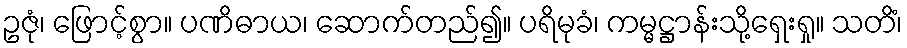
ဥဇုံ၊ ဖြောင့်စွာ။ ပဏိဓာယ၊ ဆောက်တည်၍။ ပရိမုခံ၊ ကမ္မဋ္ဌာန်းသို့ရှေးရှု။ သတိံ၊